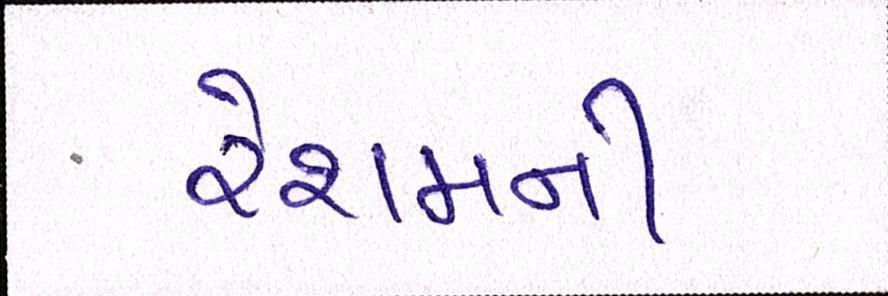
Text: રેશમની